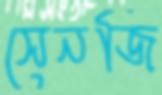
সেনজি